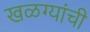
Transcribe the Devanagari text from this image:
खळग्यांची